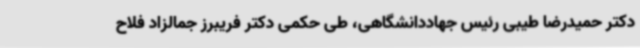
دکتر حمیدرضا طیبی رئیس جهاددانشگاهی، طی حکمی دکتر فریبرز جمالزاد فلاح